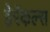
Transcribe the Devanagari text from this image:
हेरॅकल्स